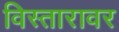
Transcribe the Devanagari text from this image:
विस्तारावर